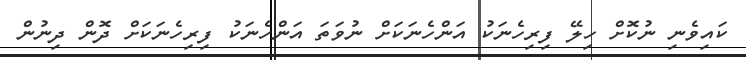
ކައިވެނި ނުކޮށް ހިލޭ ފިރިހެނަކު އަންހެނަކަށް ނުވަތަ އަންހެނަކު ފިރިހެނަކަށް ދޮން ދިނުން